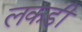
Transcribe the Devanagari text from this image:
लकडीं